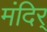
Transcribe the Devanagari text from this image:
मंदिर्